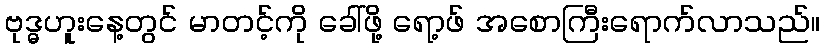
ဗုဒ္ဓဟူးနေ့တွင် မာတင့်ကို ခေါ်ဖို့ ရော့ဖ် အစောကြီးရောက်လာသည်။